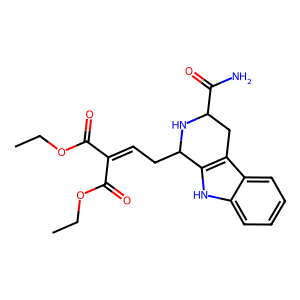
SMILES: CCOC(=O)C(=CCC1NC(C(N)=O)Cc2c1[nH]c1ccccc21)C(=O)OCC
Inhibits HIV replication: No